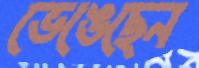
ভেঙেছেন